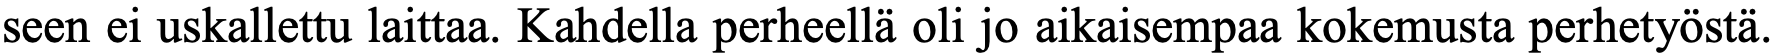
seen ei uskallettu laittaa. Kahdella perheellä oli jo aikaisempaa kokemusta perhetyöstä.